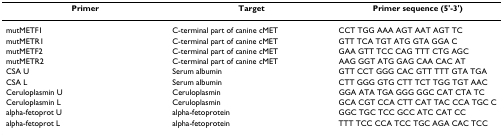
<table><thead><tr><td><b>Primer</b></td><td><b>Target</b></td><td><b>Primer sequence (5&#x27;-3&#x27;)</b></td></tr></thead><tbody><tr><td>mutMETF1</td><td>C-terminal part of canine cMET</td><td>CCT TGG AAA AGT AAT AGT TC</td></tr><tr><td>mutMETR1</td><td>C-terminal part of canine cMET</td><td>GTT TCA TGT ATG GTA GGA C</td></tr><tr><td>mutMETF2</td><td>C-terminal part of canine cMET</td><td>GAA GTT TCC CAG TTT CTG AGC</td></tr><tr><td>mutMETR2</td><td>C-terminal part of canine cMET</td><td>AAG GGT ATG GAG CAA CAC AT</td></tr><tr><td>CSA U</td><td>Serum albumin</td><td>GTT CCT GGG CAC GTT TTT GTA TGA</td></tr><tr><td>CSA L</td><td>Serum albumin</td><td>CTT GGG GTG CTT TCT TGG TGT AAC</td></tr><tr><td>Ceruloplasmin U</td><td>Ceruloplasmin</td><td>GGA ATA TGA GGG GGC CAT CTA TC</td></tr><tr><td>Ceruloplasmin L</td><td>Ceruloplasmin</td><td>GCA CGT CCA CTT CAT TAC CCA TGC C</td></tr><tr><td>alpha-fetoprot U</td><td>alpha-fetoprotein</td><td>GGC TGC TCC GCC ATC CAT CC</td></tr><tr><td>alpha-fetoprot L</td><td>alpha-fetoprotein</td><td>TTT TCC CCA TCC TGC AGA CAC TCC</td></tr></tbody></table>